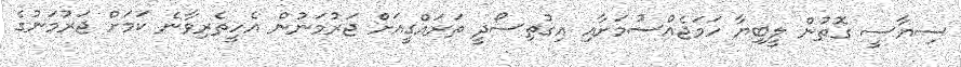
ސިޔާސީ ގޮތުން ލީބިޔާ ހަމަޖެއްސުމަށާއި އިގުތިސޯދީ ތަރައްގީއަށް ޖަރުމަނުން އެހީތެރިވާނެ ކަމަށް ޖަރުމަނުގެ